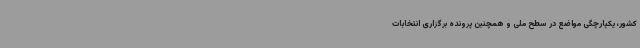
کشور، یکپارچگی مواضع در سطح ملی و همچنین پرونده برگزاری انتخابات